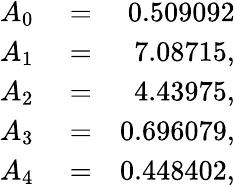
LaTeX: \begin{array}{rlr}{A_{0}}&{{}=}&{0.509092}\\ {A_{1}}&{{}=}&{7.08715,}\\ {A_{2}}&{{}=}&{4.43975,}\\ {A_{3}}&{{}=}&{0.696079,}\\ {A_{4}}&{{}=}&{0.448402,}\end{array}